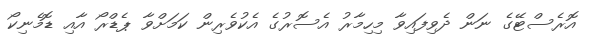
އޮރެސްޓޭގެ ނަން ދެވިފައިވާ މިހިމާރު އެސޮރުގެ އެކުވެރިން ކަމަށްވާ ޕެޑްރޯ އާއި ޑޮމެނިކޯ